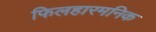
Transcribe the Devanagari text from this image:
फिलहारमनिक